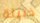
خبيثة